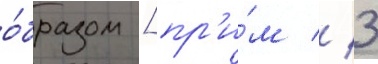
о́бразом [пр'и́м // 3